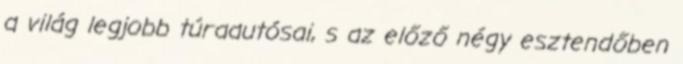
a világ legjobb túraautósai, s az előző négy esztendőben